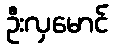
ဦးလှမောင်